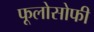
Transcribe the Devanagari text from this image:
फूलोसोफी